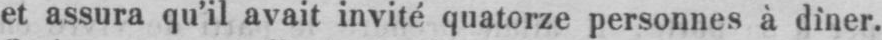
et assura qu’il avait invité quatorze personnes à dîner.